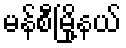
မန်စီမြို့နယ်